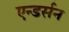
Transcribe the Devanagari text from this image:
एन्डर्सन